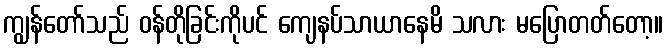
ကျွန်တော်သည် ဝန်တိုခြင်းကိုပင် ကျေနပ်သာယာနေမိ သလား မပြောတတ်တော့။